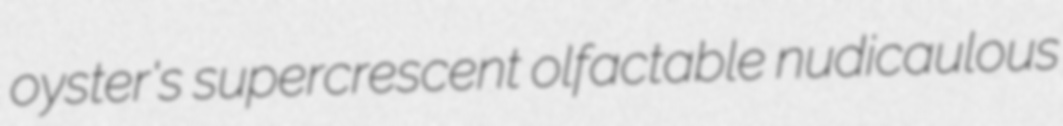
oyster's supercrescent olfactable nudicaulous